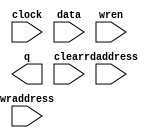
// (C) 2001-2013 Altera Corporation. All rights reserved.
// Your use of Altera Corporation's design tools, logic functions and other 
// software and tools, and its AMPP partner logic functions, and any output 
// files any of the foregoing (including device programming or simulation 
// files), and any associated documentation or information are expressly subject 
// to the terms and conditions of the Altera Program License Subscription 
// Agreement, Altera MegaCore Function License Agreement, or other applicable 
// license agreement, including, without limitation, that your use is for the 
// sole purpose of programming logic devices manufactured by Altera and sold by 
// Altera or its authorized distributors.  Please refer to the applicable 
// agreement for further details.







// synopsys translate_off
`timescale 1 ps / 1 ps
// synopsys translate_on
module rw_manager_di_buffer (
	clock,
	data,
	rdaddress,
	wraddress,
	wren,
	q,
	clear);

	parameter DATA_WIDTH = 32;
	parameter ADDR_WIDTH = 4;
	parameter NUM_WORDS = 16;

	input	  clock;
	input	[DATA_WIDTH-1:0]  data;
	input	[ADDR_WIDTH-1:0]  rdaddress;
	input	[ADDR_WIDTH-1:0]  wraddress;
	input	  wren;
	output	[DATA_WIDTH-1:0]  q;
	input clear;
`ifndef ALTERA_RESERVED_QIS
// synopsys translate_off
`endif
	tri1	  clock;
	tri0	  wren;
`ifndef ALTERA_RESERVED_QIS
// synopsys translate_on
`endif

// synthesis translate_off

	reg	[DATA_WIDTH-1:0]  q;
	reg [DATA_WIDTH-1:0] mem [0:NUM_WORDS-1];
	integer i;
/*
	integer j;
    always @(posedge clock or posedge clear) begin
        if (clear) begin
			for (i = 0; i < NUM_WORDS; i = i + 1) begin
				for (j = 0; j < DATA_WIDTH/32; j = j+ 1) begin
					mem[i][32*j+:32] <= i*(DATA_WIDTH/32) + j;
				end
			end
		end
		else begin
			q <= mem[rdaddress];
		end
	end
*/

    always @(posedge clock or posedge clear) begin
        if (clear) begin
			for (i = 0; i < NUM_WORDS; i = i + 1) begin
				mem[i] <= 0;
			end
		end
		else begin
			if (wren)
				mem[wraddress] <= data;
			q <= mem[rdaddress];
		end
	end

// synthesis translate_on

// synthesis read_comments_as_HDL on
// 	wire [DATA_WIDTH-1:0] sub_wire0;
// 	wire [DATA_WIDTH-1:0] q = sub_wire0[DATA_WIDTH-1:0];
// 	
// 	altsyncram	altsyncram_component (
// 				.address_a (wraddress),
// 				.clock0 (clock),
// 				.data_a (data),
// 				.wren_a (wren),
// 				.address_b (rdaddress),
// 				.q_b (sub_wire0),
// 				.aclr0 (1'b0),
// 				.aclr1 (1'b0),
// 				.addressstall_a (1'b0),
// 				.addressstall_b (1'b0),
// 				.byteena_a (1'b1),
// 				.byteena_b (1'b1),
// 				.clock1 (1'b1),
// 				.clocken0 (1'b1),
// 				.clocken1 (1'b1),
// 				.clocken2 (1'b1),
// 				.clocken3 (1'b1),
// 				.data_b ({DATA_WIDTH{1'b1}}),
// 				.eccstatus (),
// 				.q_a (),
// 				.rden_a (1'b1),
// 				.rden_b ((rdaddress < NUM_WORDS) ? 1'b1 : 1'b0),
// 				.wren_b (1'b0));
// 	defparam
// 		altsyncram_component.address_aclr_b = "NONE",
// 		altsyncram_component.address_reg_b = "CLOCK0",
// 		altsyncram_component.clock_enable_input_a = "BYPASS",
// 		altsyncram_component.clock_enable_input_b = "BYPASS",
// 		altsyncram_component.clock_enable_output_b = "BYPASS",
// 		altsyncram_component.intended_device_family = "Stratix III",
// 		altsyncram_component.lpm_type = "altsyncram",
// 		altsyncram_component.numwords_a = NUM_WORDS,
// 		altsyncram_component.numwords_b = NUM_WORDS,
// 		altsyncram_component.operation_mode = "DUAL_PORT",
// 		altsyncram_component.outdata_aclr_b = "NONE",
// 		altsyncram_component.outdata_reg_b = "UNREGISTERED",
// 		altsyncram_component.power_up_uninitialized = "FALSE",
// 		altsyncram_component.ram_block_type = "MLAB",
// 		altsyncram_component.widthad_a = ADDR_WIDTH,
// 		altsyncram_component.widthad_b = ADDR_WIDTH,
// 		altsyncram_component.width_a = DATA_WIDTH,
// 		altsyncram_component.width_b = DATA_WIDTH,
// 		altsyncram_component.width_byteena_a = 1;
// synthesis read_comments_as_HDL off


endmodule